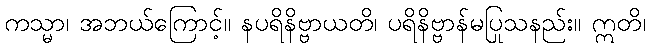
ကသ္မာ၊ အဘယ်ကြောင့်။ နပရိနိဗ္ဗာယတိ၊ ပရိနိဗ္ဗာန်မပြုသနည်း။ ဣတိ၊